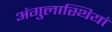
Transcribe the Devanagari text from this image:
अंगुलास्थियां